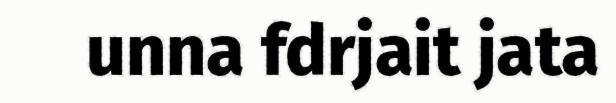
unna fdrjait jata